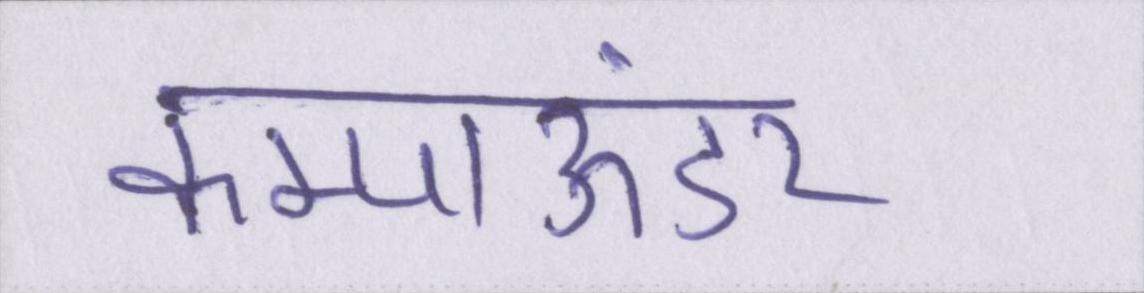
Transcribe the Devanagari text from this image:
कम्पाऊंडर